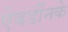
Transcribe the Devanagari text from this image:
ऐबर्डीनके